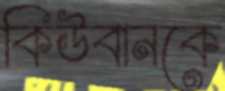
কিউবানকে